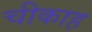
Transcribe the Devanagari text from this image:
चीकाह